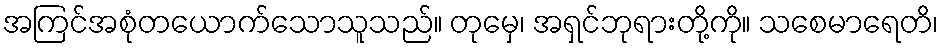
အကြင်အစုံတယောက်သောသူသည်။ တုမှေ၊ အရှင်ဘုရားတို့ကို။ သစေမာရေတိ၊